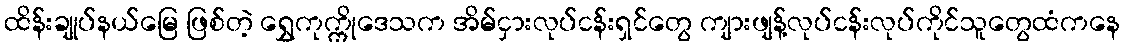
ထိန်းချုပ်နယ်မြေ ဖြစ်တဲ့ ရွှေကုက္ကိုဒေသက အိမ်ငှားလုပ်ငန်းရှင်တွေ ကျားဖျန့်လုပ်ငန်းလုပ်ကိုင်သူတွေထံကနေ